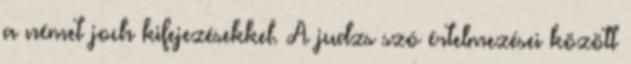
a német joch kifejezésekkel. A judzs szó értelmezései között